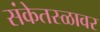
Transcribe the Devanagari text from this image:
संकेतस्ळावर